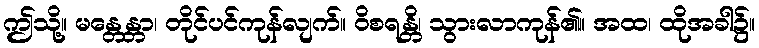
ဤသို့။ မန္တေန္တာ၊ တိုင်ပင်ကုန်လျက်။ ဝိစရန္တိ၊ သွားလာကုန်၏။ အထ၊ ထိုအခါ၌။